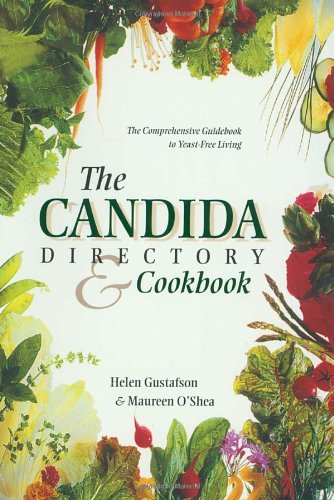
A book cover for The Candida Directory: The Comprehensive Guidebook to Yeast-Free Living; Helen Gustafson; Health, Fitness & Dieting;